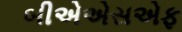
બીએએસએફ